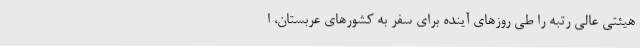
هیئتی عالی رتبه را طی روزهای آینده برای سفر به کشورهای عربستان، ا